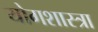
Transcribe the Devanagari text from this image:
योगशास्त्रा